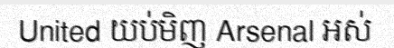
United យប់មិញ Arsenal អស់